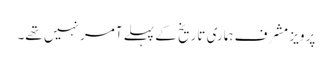
پرویز مشرف ہماری تاریخ کے پہلے آمر نہیں تھے۔